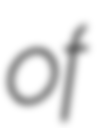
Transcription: of